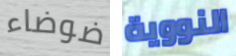
ضوضاء النووية